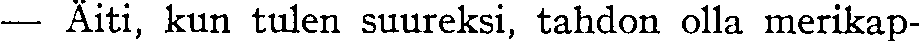
— Äiti, kun tulen suureksi, tahdon olla merikap-